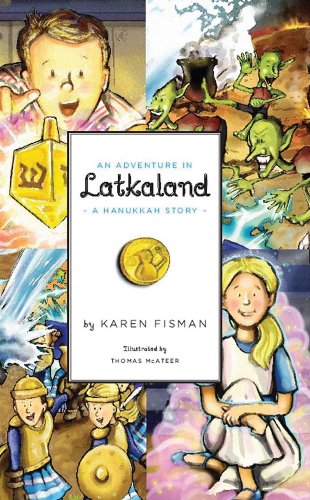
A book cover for An Adventure in Latkaland:  A Hanukkah Story; Karen Fisman; Children's Books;